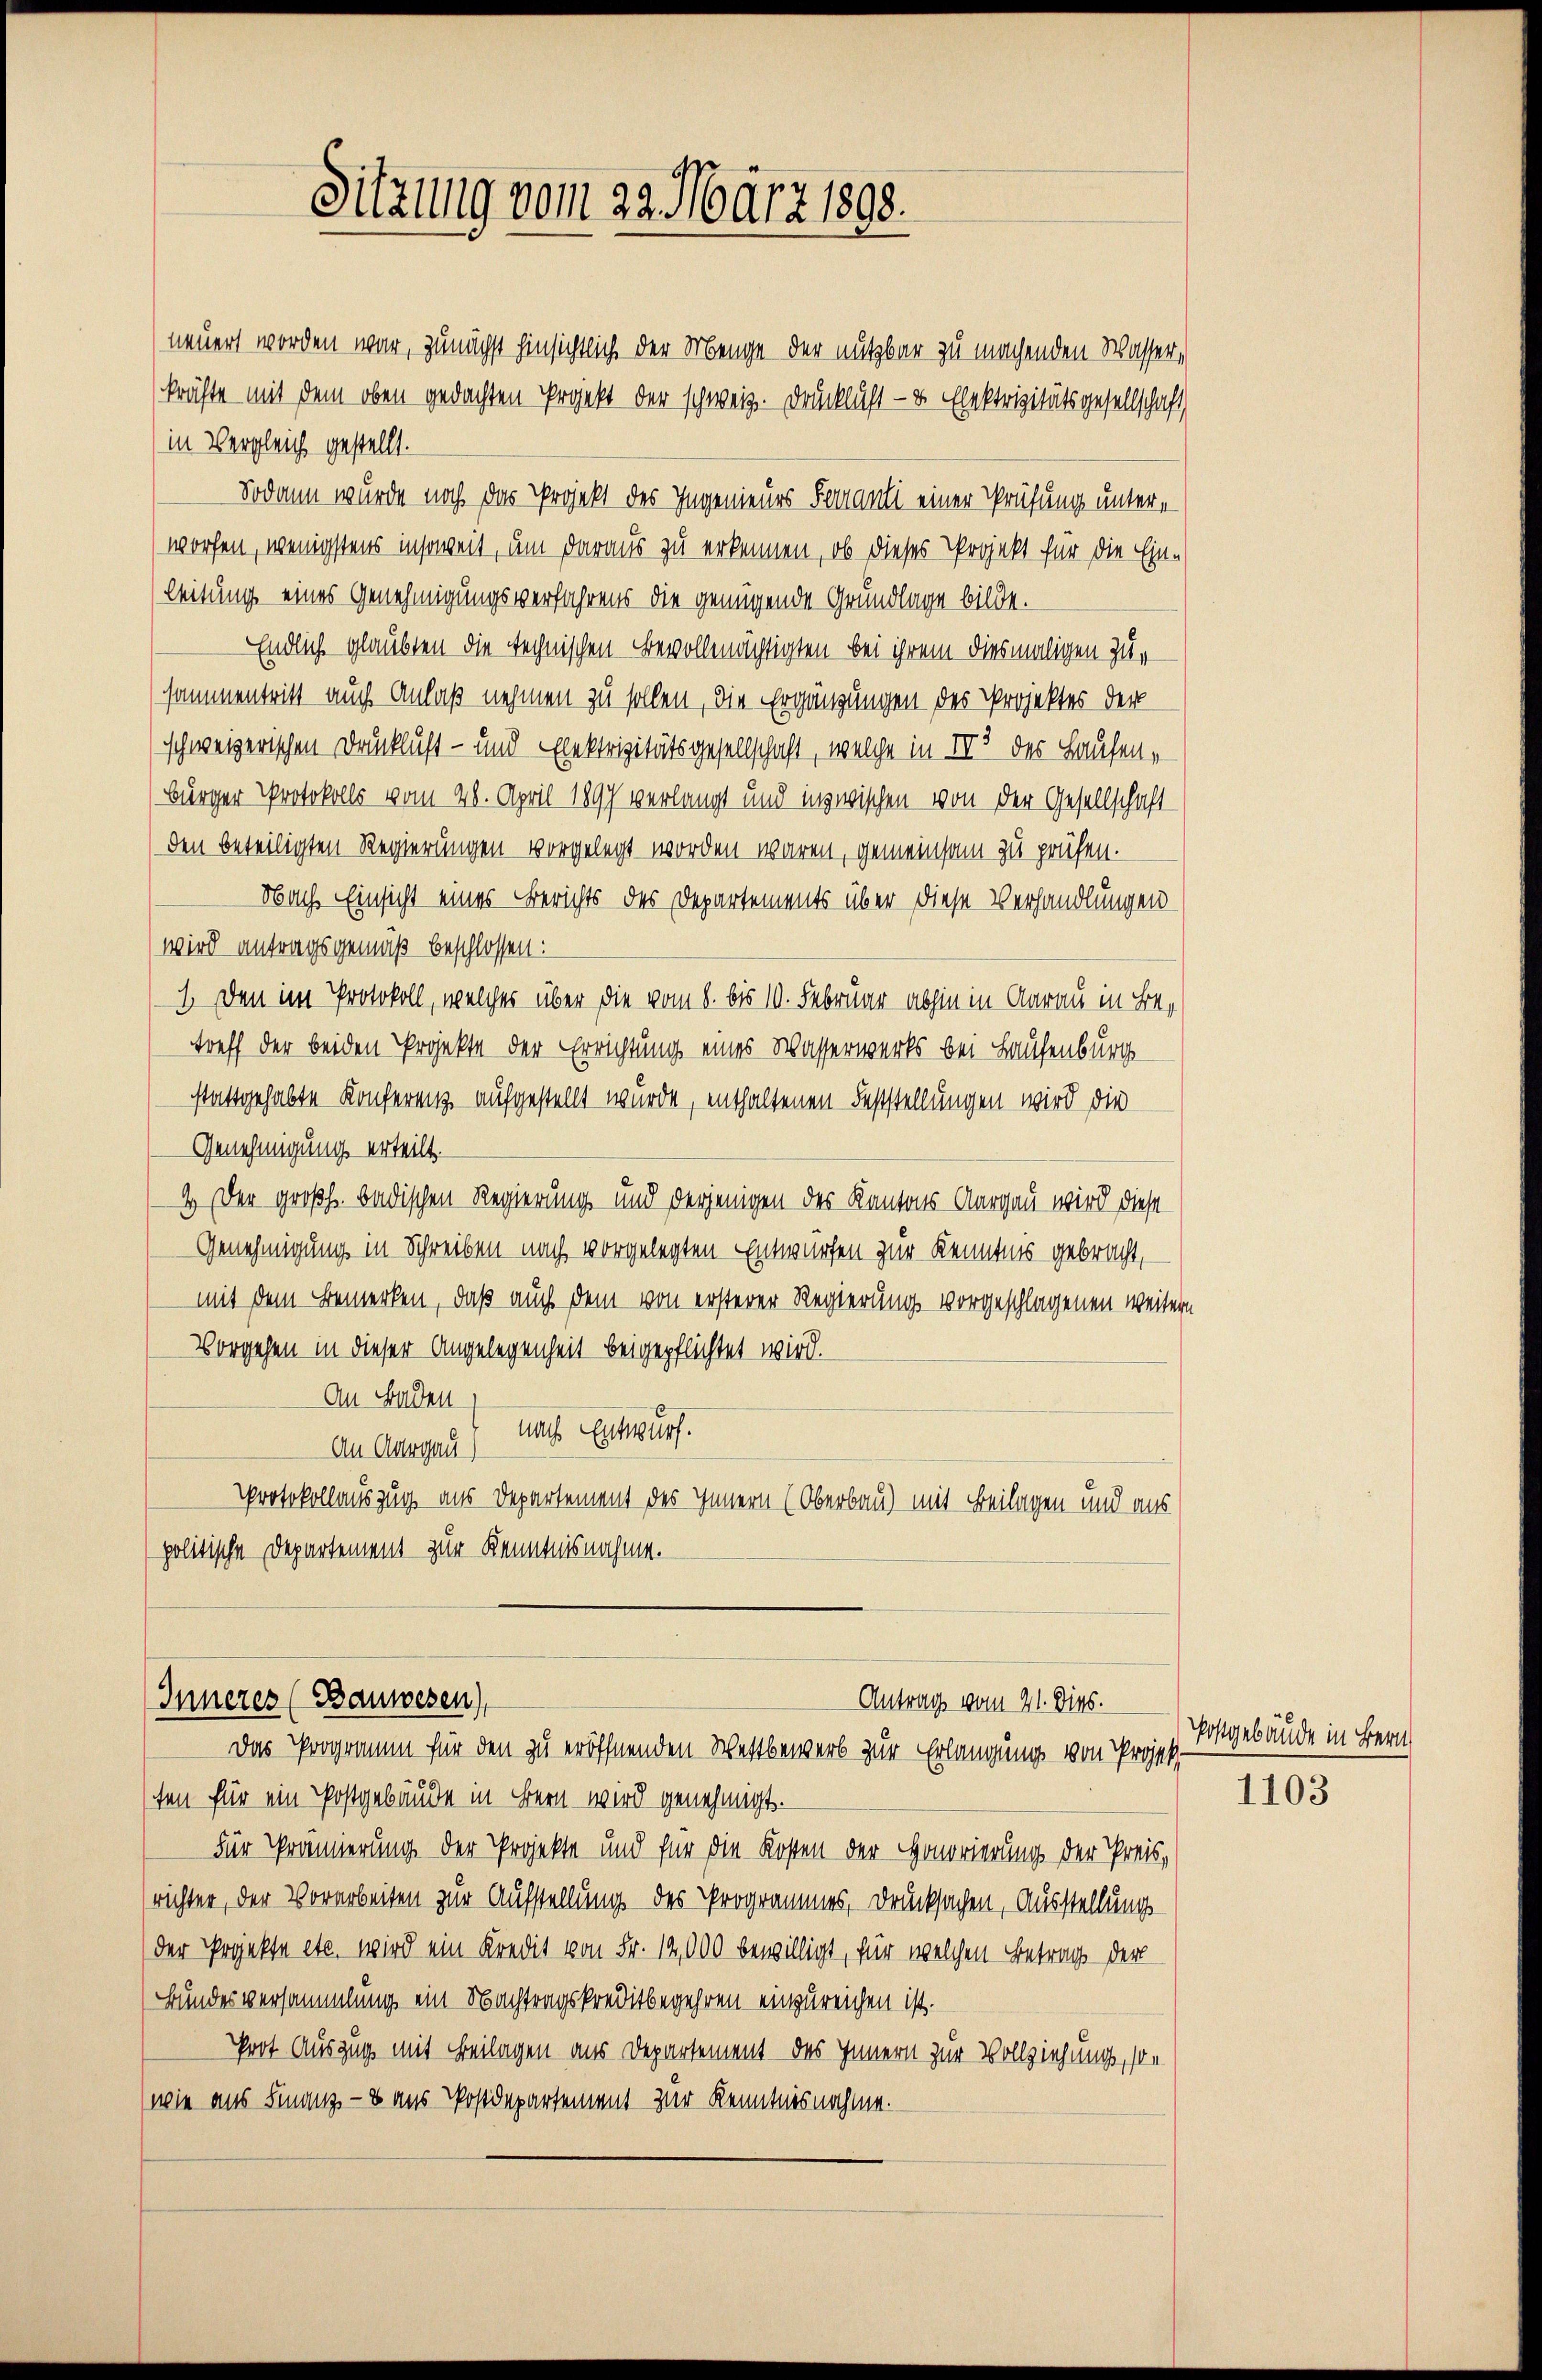
Sitzung vom 29. März 1898.

neuert worden war, zunächst hinsichtlich der Menge der nutzbar zu machenden Wasserkräfte mit dem oben gedachten Projekt der schweiz. Drucklast- & Elektrizitätsgesellschaft
in Vergleich gestellt.
Sodann wurde noch das Projekt des Ingenieurs Ferauli einer Prüfung unterworfen, wenigstens insoweit, um daraus zu erkennen, ob dieses Projekt für die Einleitung eines Genehmigungsverfahrens die genügende Grundlage bilde.
Endlich glaubten die technischen Bevollmächtigten bei ihrem diesmaligen Zusammentritt auch Anlaß nehmen zu sollen, die Ergänzungen des Projektes der
schweizerischen Druckluft- und Exektrizitätsgesellschaft, welche in IV 3 der Hausen¬
Bürger Protokolls vom 28. April 1897 verlangt und inzwischen von der Gesellschaft
den beteiligten Regierungen vorgelegt worden waren, gemeinsam zu prüfen.
Nach Einsicht eines Berichts des Departements über diese Verhandlungen
wird antragsgemäß beschlossen:
1. Den im Protokoll, welches über die vom 8. bis 10. Februar abhin in Aarau in Betreff der beiden Projekte der Errichtung eines Wasserwerks bei Hausenburg
stattgehabte Konferenz aufgestellt wurde, enthaltenen Feststellungen wird die
Genehmigung erteilt.
2.) Der großh. badischen Regierung und derjenigen des Kantons Aargau wird diese
Genehmigung in Schreiben nach vorgelegten Entwürfen zur Kenntnis gebracht,
mit dem Bemerken, daß auch dem von ersterer Regierung vorgeschlagenen weitern
Vorgehen in dieser Angelegenheit beigepflichtet wird.
An Baden,
nach Entwurf.
An Aargau)
Protokollauszug aus Departement des Innern (Oberbau) mit Beilagen und aus
politische Departement zur Kenntnisnahme.

Inneres (Bauwesen)
Antrag vom 21. Dies.

Das Programm für den zu eröffnenden Wettbewerb zur Erlangung von Projekten für ein Postgebäude in Bern wird genehmigt.
Für Prämierung der Projekte und für die Kosten der Honorierung der Preisrichter, der Vorarbeiten zur Aufstellung des Programmes, Drucksachen, Ausstellung
der Projekte etc. wird ein Kredit von Fr. 12,000 bewilligt, für welchen Betrag der
Bundesversammlung ein Nachtragskreditbegehren einzureichen ist.
Poot Auszug mit Beilagen aus Departement des Innern zur Vollziehung, son
(wie aus Finanz- & aus Postdepartement zur Kenntnisnahme.

Postgebäude in Bern

1103